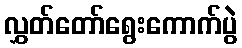
လွှတ်တော်ရွေးကောက်ပွဲ